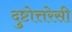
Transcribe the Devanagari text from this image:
दुष्टोत्तरेसी